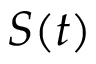
S ( t )